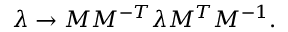
\lambda \to M M ^ { - T } \lambda M ^ { T } M ^ { - 1 } .